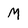
Character: M